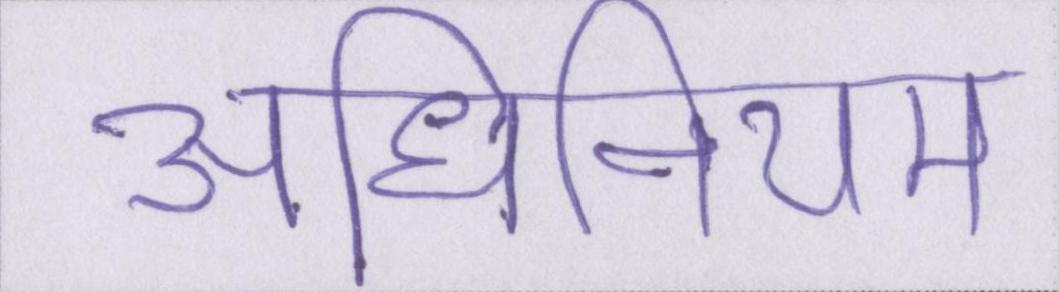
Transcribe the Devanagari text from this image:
अधिनियम